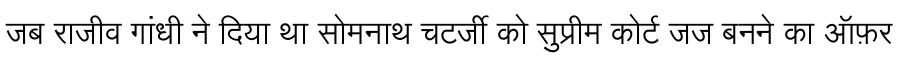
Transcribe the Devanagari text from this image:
जब राजीव गांधी ने दिया था सोमनाथ चटर्जी को सुप्रीम कोर्ट जज बनने का ऑफ़र